Lunatic asylums Madras 1892-1911 - 1892-1911
Year: 1892
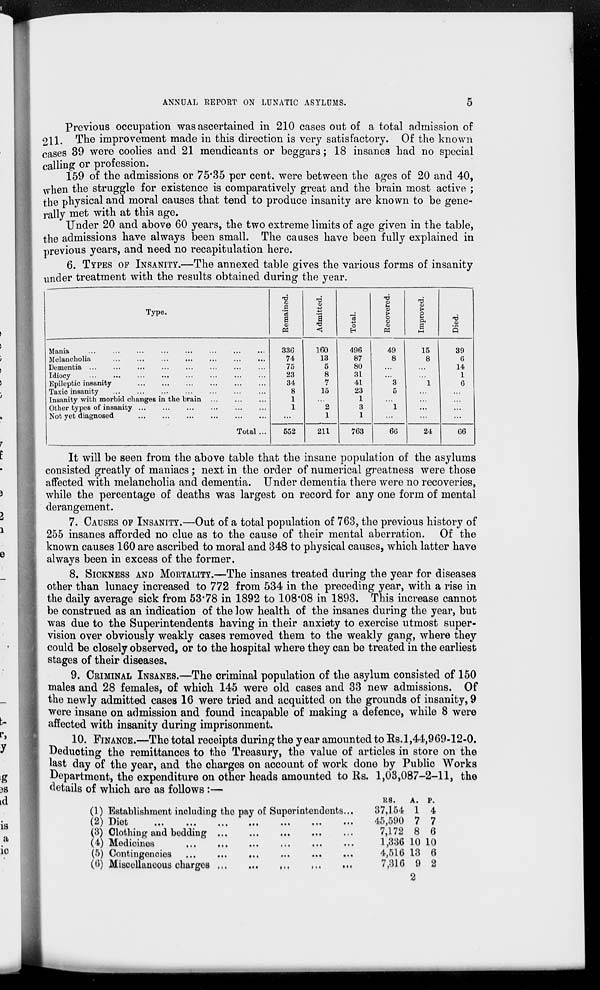
ANNUAL REPORT ON LUNATIC ASYLUMS.
5
Previous occupation was ascertained in 210 cases out of a total admission of
211. The improvement made in this direction is very satisfactory. Of the known
cases 39 were coolies and 21 mendicants or beggars; 18 insanes had no special
calling or profession.
159 of the admissions or 75.35 per cent. were between the ages of 20 and 40,
when the struggle for existence is comparatively great and the brain most active ;
the physical and moral causes that tend to produce insanity are known to be gene-
rally met with at this age.
Under 20 and above 60 years, the two extreme limits of age given in the table,
the admissions have always been small. The causes have been fully explained in
previous years, and need no recapitulation here.
6. TYPES OF INSANITY.—The annexed table gives the various forms of insanity
under treatment with the results obtained during the year.
Type.
Mania ... ... ... ... ... ... ... ...
Melancholia ... ... ... ... ... ... ...
Dementia ... ... ... ... ... ... ... ...
Idiocy ... ... ... ... ... ... ... ...
Epileptic insanity ... ... ... ... ... ...
Taxic insanity ... ... ... ... ... ... ...
Insanity with morbid changes in the brain ... ... ...
Other types of insanity ... ... ... ... ... ...
Not yet diagnosed
...
...
...
...
...
...
Total ...
Remained.
336
74
75
23
34
8
1
1
...
552
Admitted.
160
13
5
8
7
15
...
2
1
211
Total.
496
87
80
31
41
23
1
3
1
763
Recovered.
49
8
...
...
3
5
...
1
...
66
Improved.
15
8
...
...
1
...
...
...
...
24
Died.
39
6
14
1
6
...
...
...
...
66
It will be seen from the above table that the insane population of the asylums
consisted greatly of maniacs ; next in the order of numerical greatness were those
affected with melancholia and dementia. Under dementia there were no recoveries,
while the percentage of deaths was largest on record for any one form of mental
derangement.
7. CAUSES OF INSANITY.—Out of a total population of 763, the previous history of
255 insanes afforded no clue as to the cause of their mental aberration. Of the
known causes 160 are ascribed to moral and 348 to physical causes, which latter have
always been in excess of the former.
8. SICKNESS AND MORTALITY.—The insanes treated during the year for diseases
other than lunacy increased to 772 from 534 in the preceding year, with a rise in
the daily average sick from 53.78 in 1892 to 108.08 in 1893. This increase cannot
be construed as an indication of the low health of the insanes during the year, but
was due to the Superintendents having in their anxiety to exercise utmost super-
vision over obviously weakly cases removed them to the weakly gang, where they
could be closely observed, or to the hospital where they can be treated in the earliest
stages of their diseases.
9. CRIMINAL INSANES.—The criminal population of the asylum consisted of 150
males and 28 females, of which 145 were old cases and 33 new admissions. Of
the newly admitted cases 16 were tried and acquitted on the grounds of insanity, 9
were insane on admission and found incapable of making a defence, while 8 were
affected with insanity during imprisonment.
10. FINANCE.—The total receipts during the year amounted to Rs.1,44,969-12-0.
Deducting the remittances to the Treasury, the value of articles in store on the
last day of the year, and the charges on account of work done by Public Works
Department, the expenditure on other heads amounted to Rs. 1,03,087-2-11, the
details of which are as follows :—
(1) Establishment including the pay of Superintendents ...
(2)
Diet
...
...
...
...
...
...
(3) Clothing and bedding
...
...
...
...
...
(4) Medicines
...
...
...
...
...
...
(5) Contingencies ... ... ... ... ... ...
(6) Miscellaneous charges
...
...
...
...
...
RS.
37,154
45,590
7,172
1,336
4,516
7,316
A.
1
7
8
10
13
9
P.
4
7
6
10
6
2
2